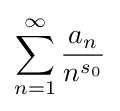
\sum _{n=1}^{\infty }{\frac {a_{n}}{n^{s_{0}}}}